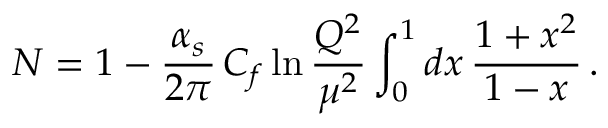
{ \cal N } = 1 - { \frac { \alpha _ { s } } { 2 \pi } } \, C _ { f } \ln { \frac { Q ^ { 2 } } { \mu ^ { 2 } } } \int _ { 0 } ^ { 1 } d x \, { \frac { 1 + x ^ { 2 } } { 1 - x } } \, .